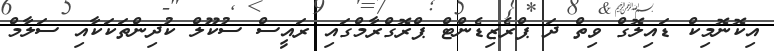
އިކޮނޮމިކް ޑައިލޮގް ވިތް ދަ ޕްރެޒިޑެންޓް ޕްރޮގްރާމްގައި ރައީސް ސުކޫލް ކުދިންތަކަކާއި ސަލާމް